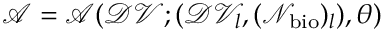
\mathcal { A } = \mathcal { A } ( \mathcal { D V } ; ( \mathcal { D V } _ { l } , ( \mathcal { N } _ { \mathrm { b i o } } ) _ { l } ) , \theta )